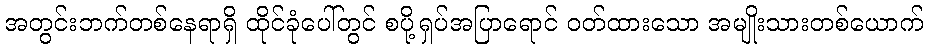
အတွင်းဘက်တစ်နေရာရှိ ထိုင်ခုံပေါ်တွင် စပို့ရှပ်အပြာရောင် ဝတ်ထားသော အမျိုးသားတစ်ယောက်